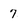
Character: 7